Preliminary report on a parasite found in persons suffering from enlargement of the spleen in India - Number 8
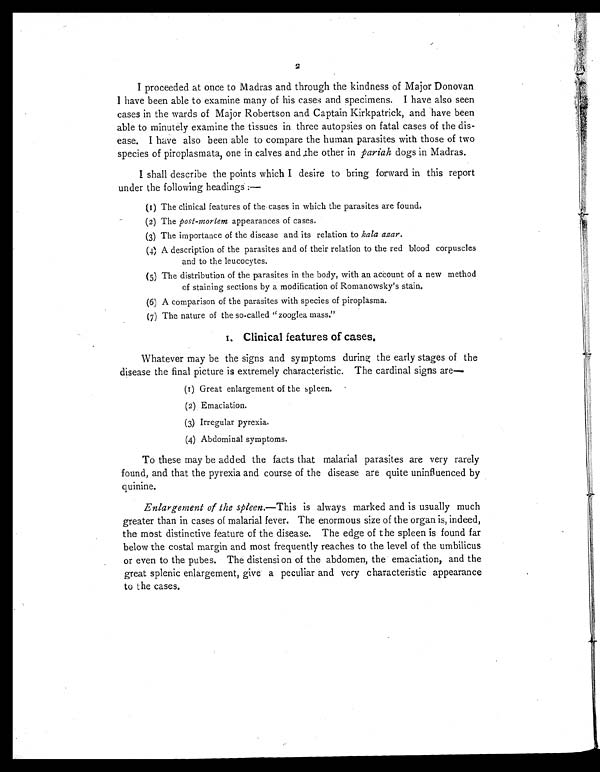
2
I proceeded at once to Madras and through the kindness of Major Donovan
I have been able to examine many of his cases and specimens. I have also seen
cases in the wards of Major Robertson and Captain Kirkpatrick, and have been
able to minutely examine the tissues in three autopsies on fatal cases of the dis-
ease. I have also been able to compare the human parasites with those of two
species of piroplasmata, one in calves and the other in pariah dogs in Madras.
I shall describe the points which I desire to bring forward in this report
under the following headings :—
(1) The clinical features of the cases in which the parasites are found.
(2) The post-mortem appearances of cases.
(3) The importance of the disease and its relation to kala azar.
(4) A description of the parasites and of their relation to the red blood corpuscles
and to the leucocytes.
(5) The distribution of the parasites in the body, with an account of a new method
of staining sections by a modification of Romanowsky's stain.
(6) A comparison of the parasites with species of piroplasma.
(7) The nature of the so-called "zooglea mass."
1 . C l i n i c a l f e a t u r e s o f c a s e s .
Whatever may be the signs and symptoms during the early stages of the
disease the final picture is extremely characteristic. The cardinal signs are
(1) Great enlargement of the spleen.
(2) Emaciation.
(3) Irregular pyrexia.
(4) Abdominal symptoms.
To these may be added the facts that malarial parasites are very rarely
found, and that the pyrexia and course of the disease are quite uninfluenced by
quinine.
Enlargement of the spleen.—This is always marked and is usually much
greater than in cases of malarial fever. The enormous size of the organ is, indeed,
the most distinctive feature of the disease. The edge of the spleen is found far
below the costal margin and most frequently reaches to the level of the umbilicus
or even to the pubes. The distension of the abdomen, the emaciation, and the
great splenic enlargement, give a peculiar and very characteristic appearance
to the cases.